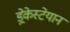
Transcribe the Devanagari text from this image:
ड्रेकेस्टेयान